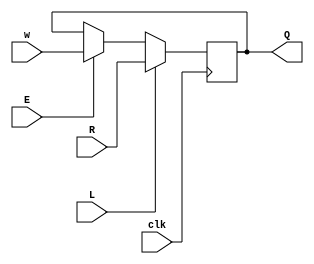
module top_module (
    input clk,
    input w, R, E, L,
    output Q
    );

    reg Q_r;

    always@(posedge clk)begin
        Q_r <= L == 1'b1 ? R : (E == 1'b1 ? w : Q_r);
    end

    assign Q = Q_r;

endmodule